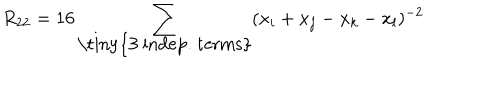
R _ { 2 2 } = 1 6 \sum _ { \mathrm { \tiny { 3 ~ i n d e p . ~ t e r m s } } } ( x _ { i } + x _ { j } - x _ { k } - x _ { l } ) ^ { - 2 }